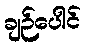
ချဉ်ပေါင်